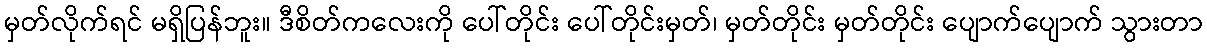
မှတ်လိုက်ရင် မရှိပြန်ဘူး။ ဒီစိတ်ကလေးကို ပေါ်တိုင်း ပေါ်တိုင်းမှတ်၊ မှတ်တိုင်း မှတ်တိုင်း ပျောက်ပျောက် သွားတာ